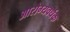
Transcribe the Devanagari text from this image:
आरोग्‍यवर्धक